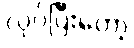
လုပ်ပြီးတော့